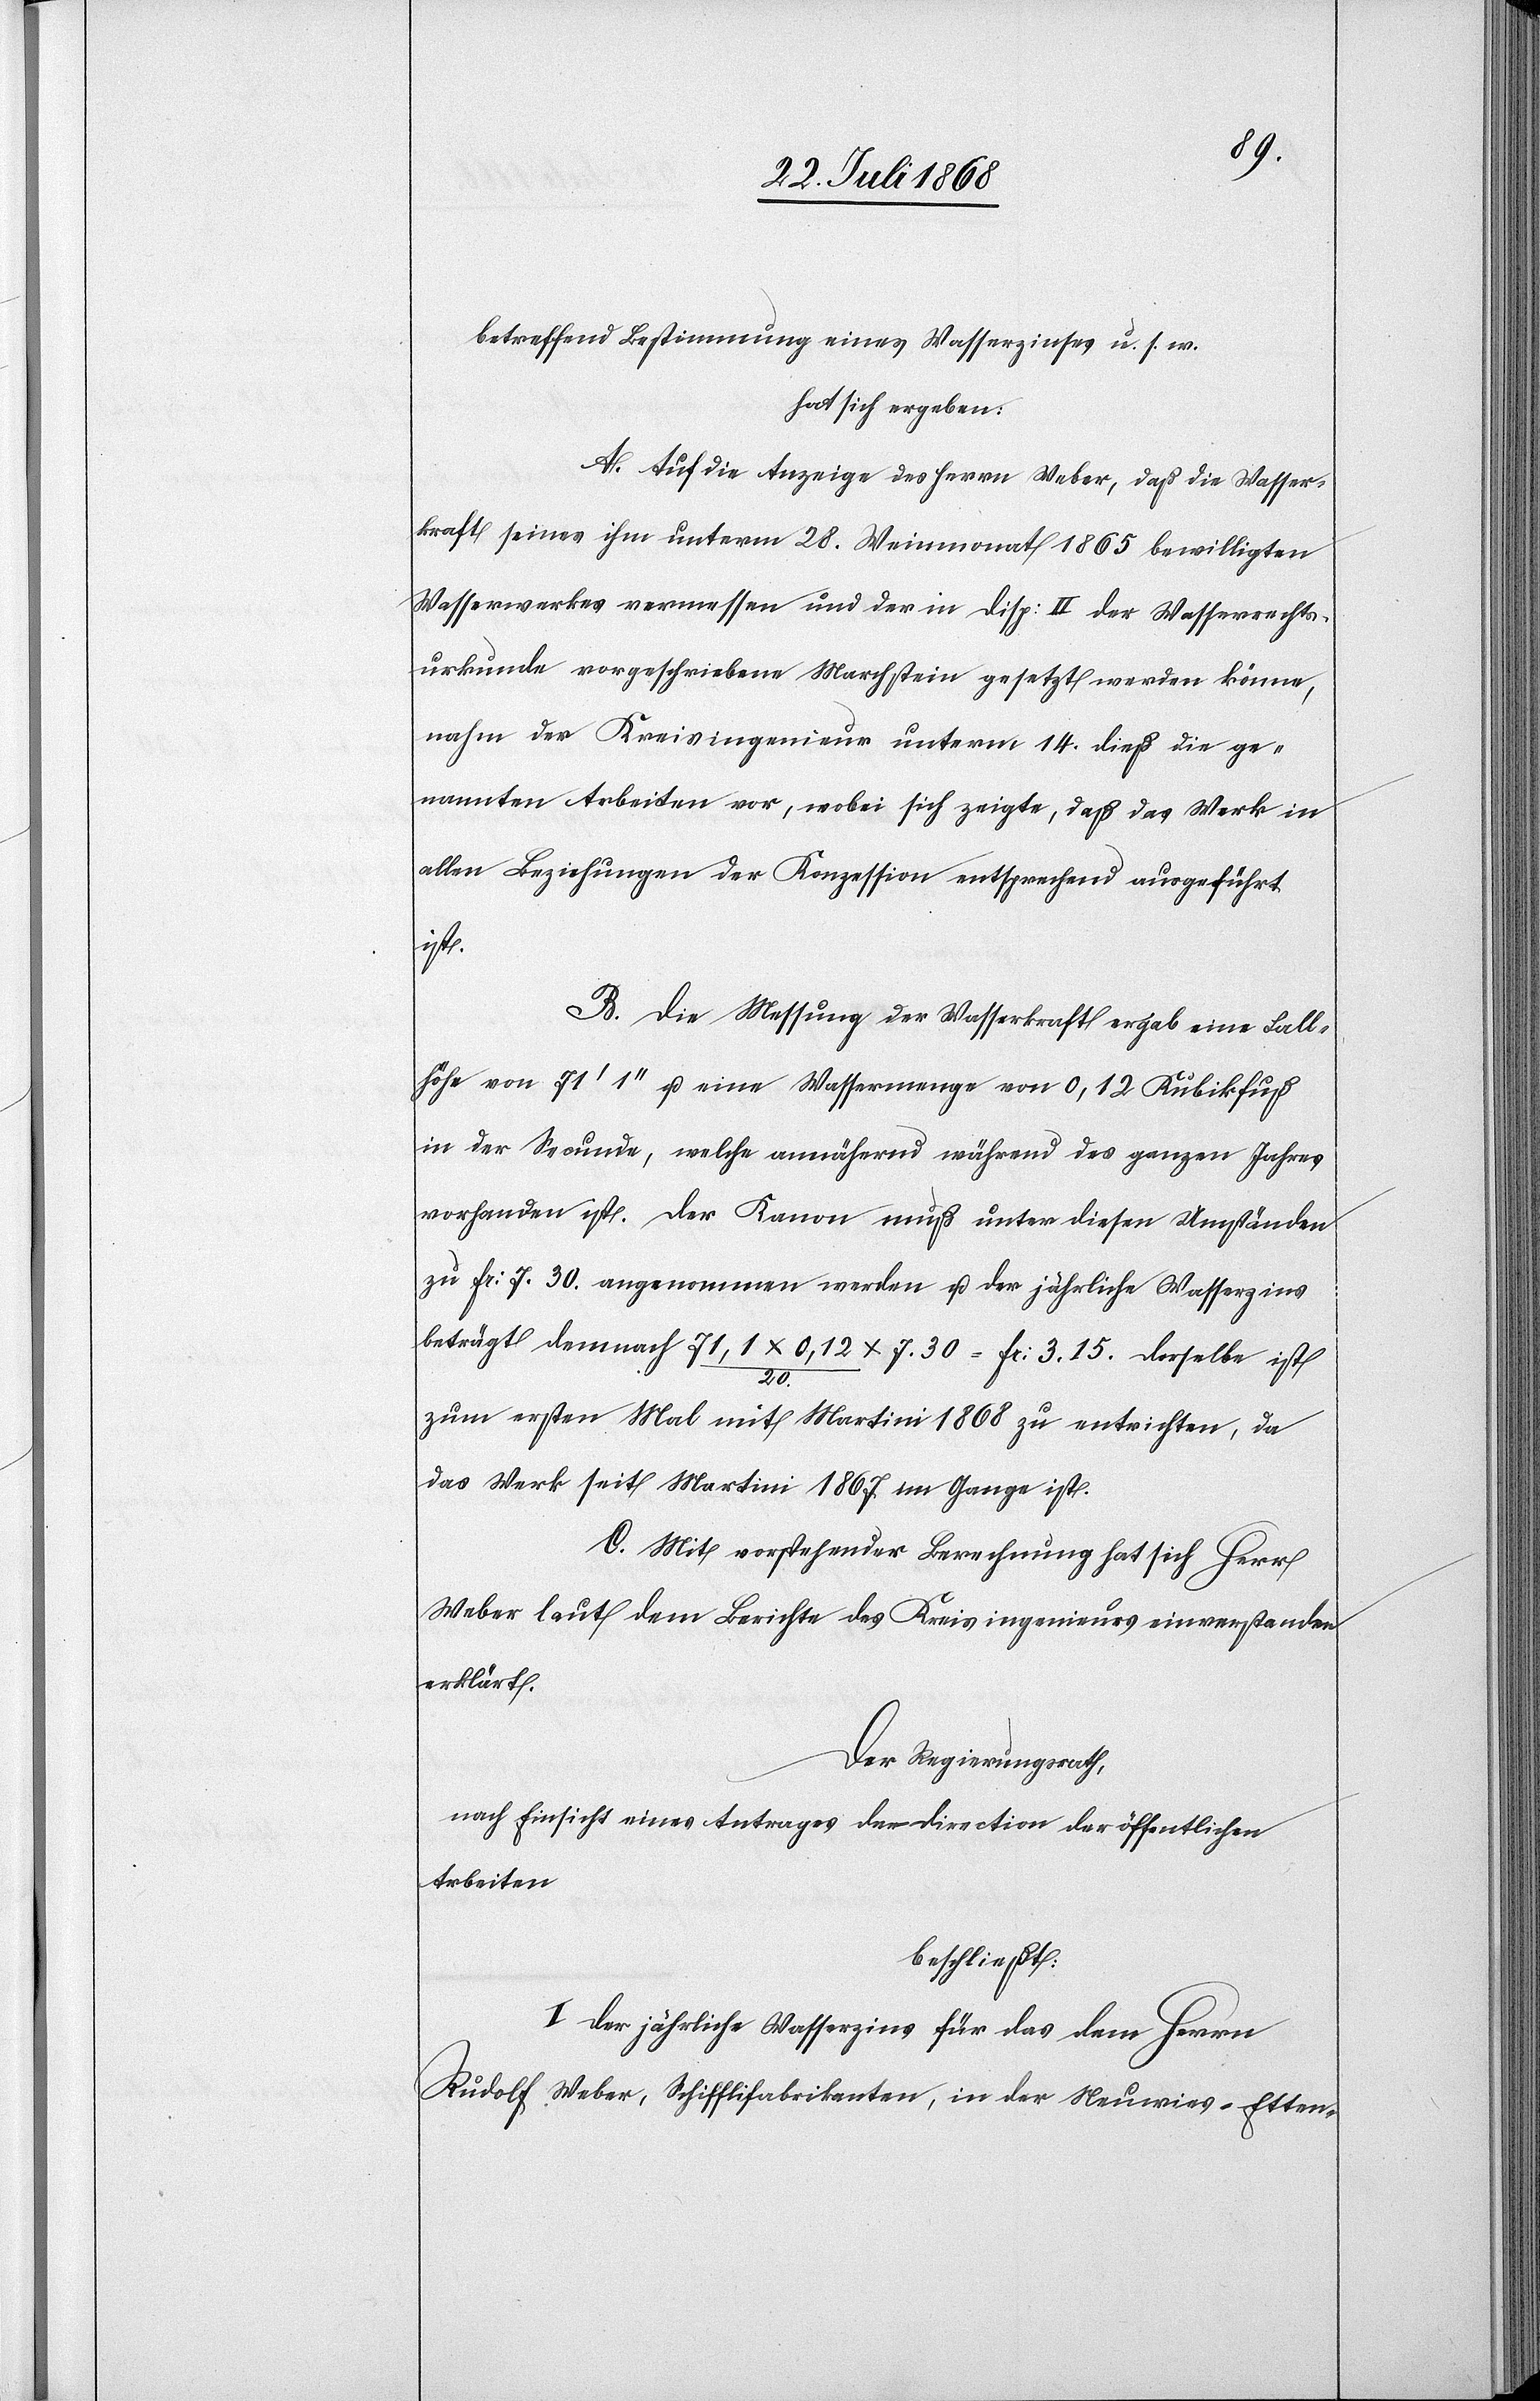
betreffend Bestimmung eines Wasserzinses u. s. w.
hat sich ergeben:
A. Auf die Anzeige des Herrn Weber, daß die Wasser¬
kraft seines ihm unterm 28. Weinmonat 1865 bewilligten
Wasserwerkes vermessen und der in Disp: II der Wasserrechts¬
urkunde vorgeschriebene Marchstein gesetzt werden könne,
nahm der Kreisingenieur unterm 14. dieß die ge¬
nannten Arbeiten vor, wobei sich zeigte, daß das Werk in
allen Beziehungen der Konzession entsprechend ausgeführt
ist.
B. Die Messung der Wasserkraft ergab eine Fall¬
höhe von 71‘ 1‘‘ u. eine Wassermenge von 0,12 Kubikfuß
in der Secunde, welche annähernd während des ganzen Jahres
vorhanden ist. Der Kanon muß unter diesen Umständen
zu Fr: 7.30. angenommen werden u. der jährliche Wasserzins
beträgt demnach 71,1 x 0,12 / 20. x 7.30 = Fr: 3.15. Derselbe ist
zum ersten Mal mit Martini 1868 zu entrichten, da
das Werk seit Martini 1867 im Gange ist.
C. Mit vorstehender Berechnung hat sich Herr
Weber laut dem Berichte des Kreisingenieurs einverstanden
erklärt.
Der Regierungsrath,
nach Einsicht eines Antrages der Direction der öffentlichen
Arbeiten
beschließt:
I. Der jährliche Wasserzins für das dem Herrn
Rudolf Weber, Schifflifabrikanten, in der Neuwies - Etten-